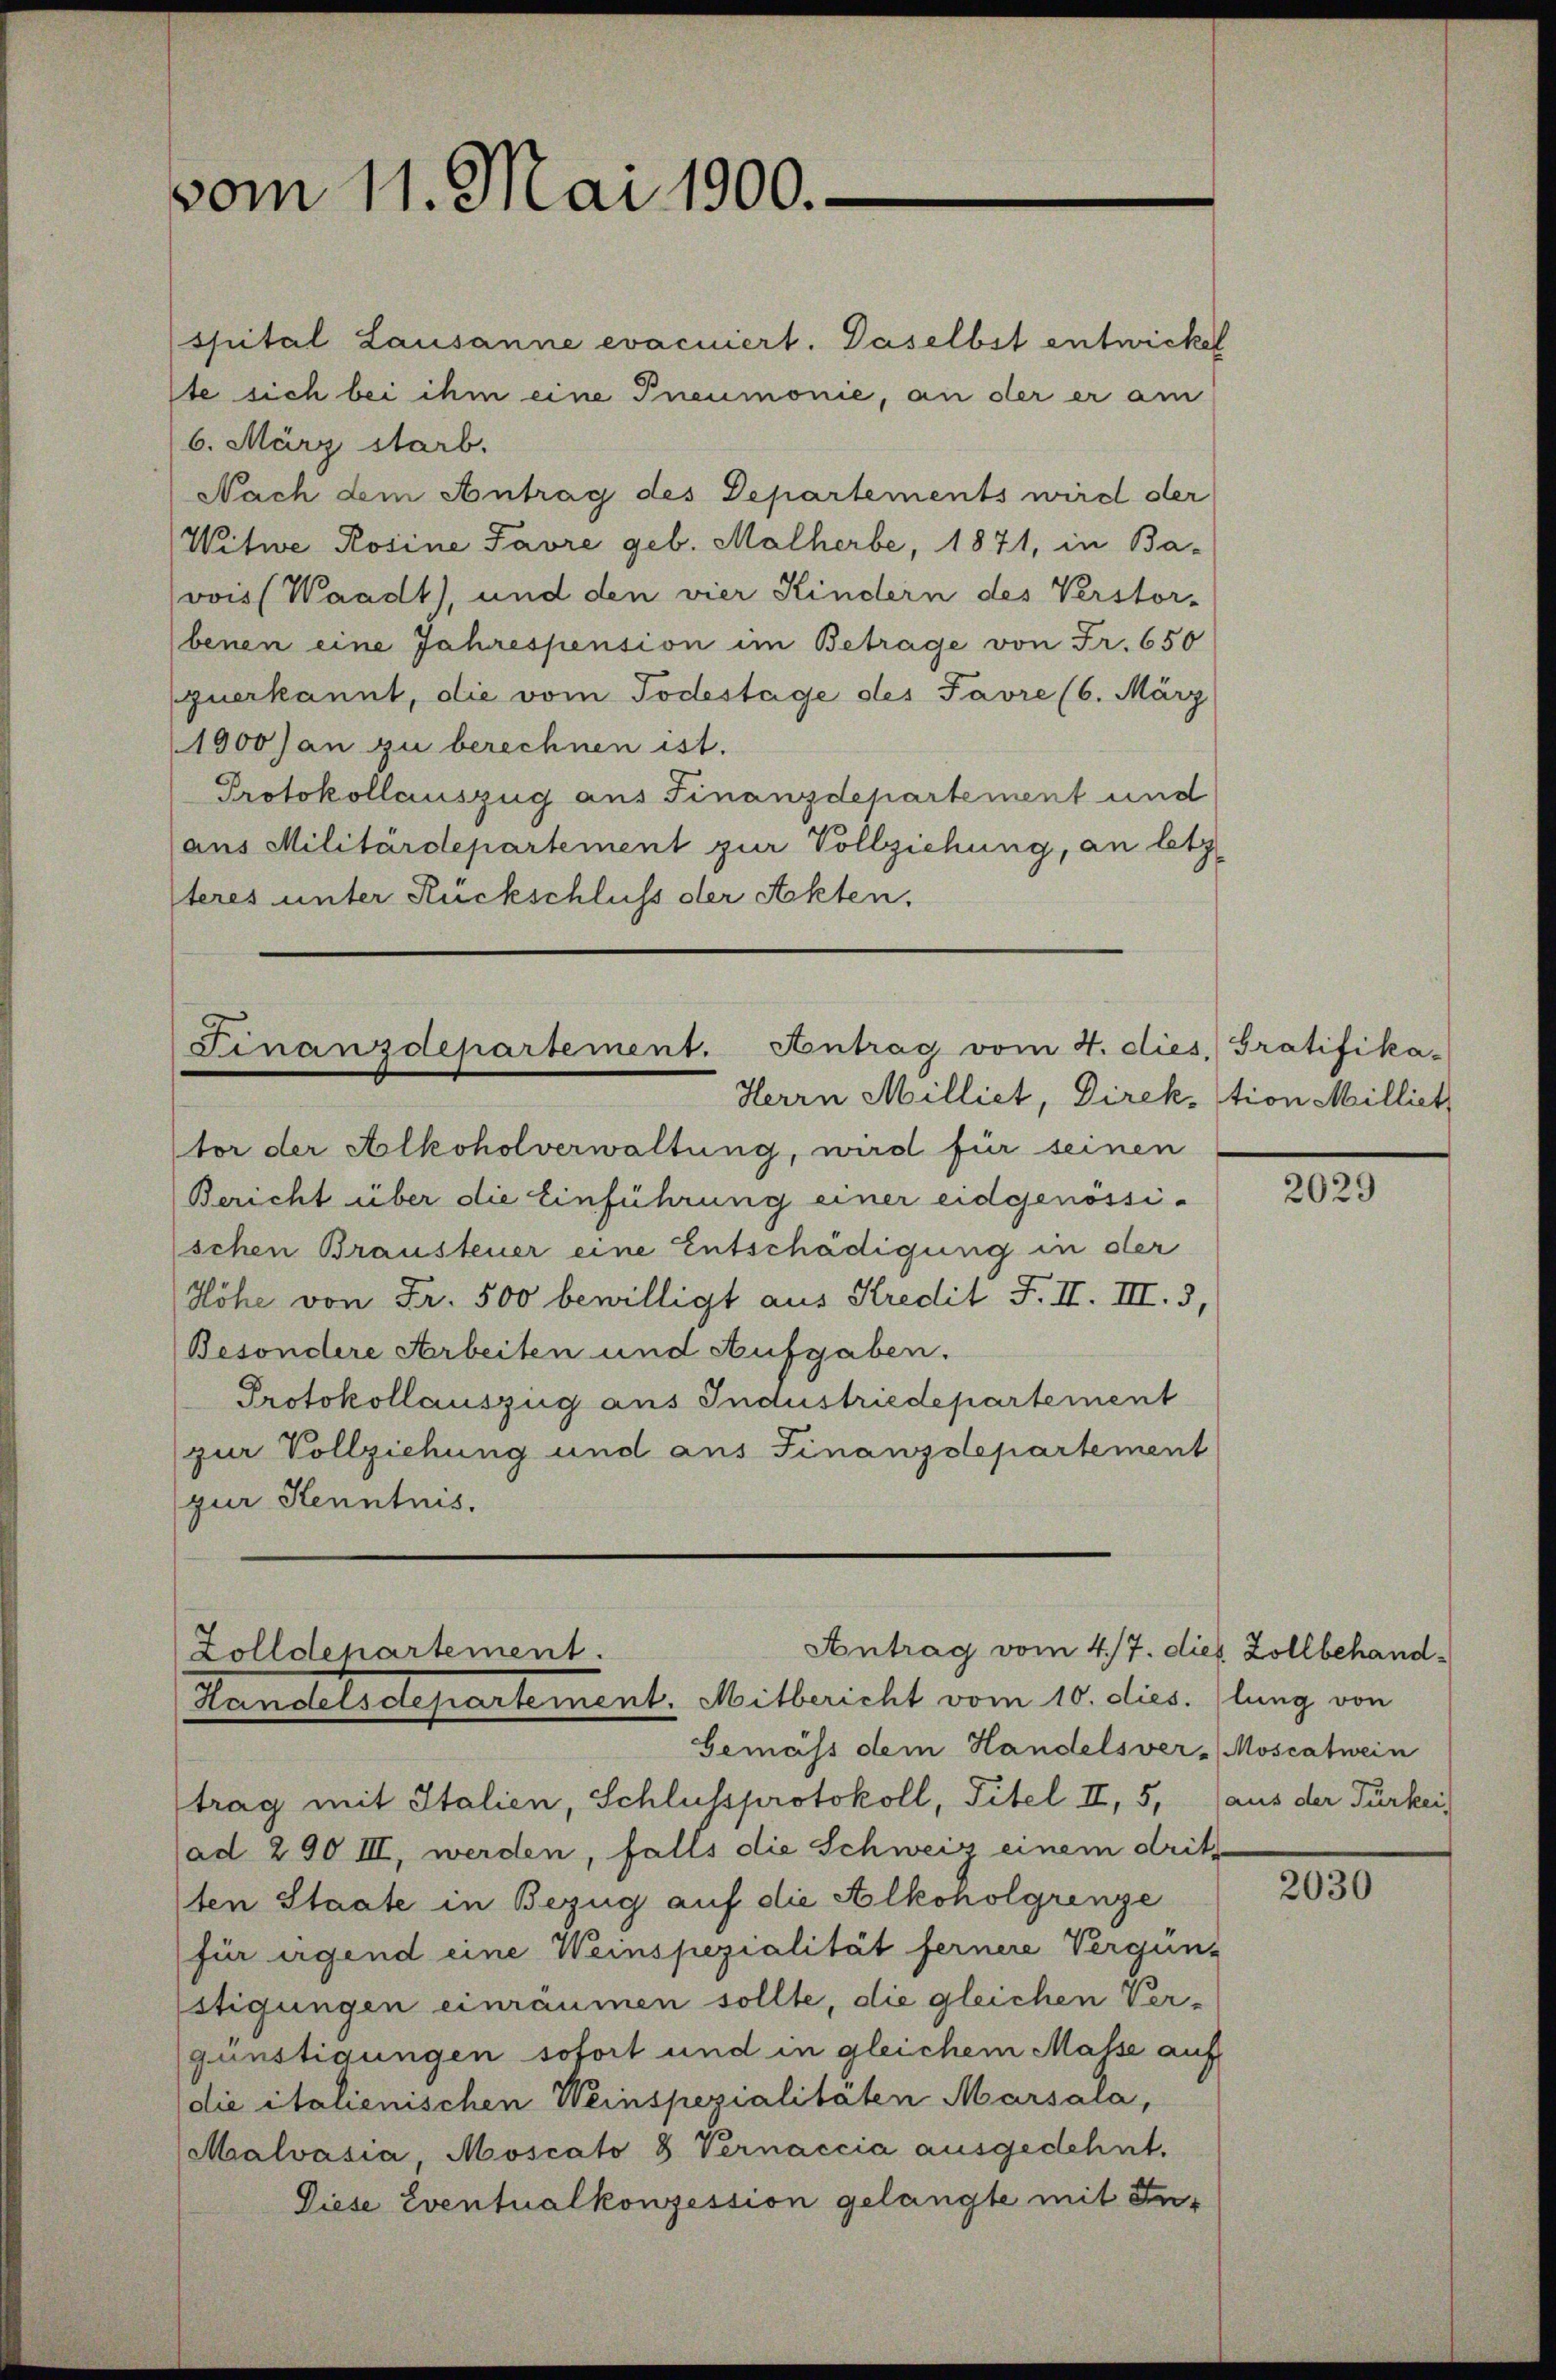
vom 11. Mai 1900.

Finanzdepartement. Antrag vom 4. dies. Gratifika-
Herrn Milliet, Direktion Milliet

spital Lausanne evacuiert. Daselbst entwickel
ste sich bei ihm eine Pneumonie, an der er am
6. März starb.
Nach dem Antrag des Departements wird der
Witwe Rosine Favre geb. Malherbe, 1871, in Ba-
jovois Waadt), und den vier Kindern des Verstor-
(benen eine Jahrespension im Betrage von Fr. 650
zuerkannt, die vom Todestage des Favre (6. März
1900 Jan zu berechnen ist.
Protokollauszug aus Finanzdepartement und
(aus Militärdepartement zur Vollziehung, an letz
teres unter Rückschluss der Akten,

Antrag vom 4/7. dies Zollbehand¬
Zolldepartement.
Handelsdepartement. Mitbericht vom 10. dies. (lung von

tor der Alkoholverwaltung, wird für seinen
Bericht über die Einführung einer eidgenössischen Brausteuer eine Entschädigung in der
Höhe von Fr. 500 bewilligt aus Kredit F. II. III. 3,
Besondere Arbeiten und Aufgaben.
Protokollauszug aus Industriedepartement
zur Vollziehung und aus Finanzdepartement
zur Kenntnis.

Gemäss dem Handelsver-Moscatwein
trag mit Italien, Schlussprotokoll, Titel II, 5, aus der Türkei
(ad 290 III, werden, falls die Schweiz einem drit
ten Staate in Bezug auf die Alkoholgrenze
für irgend eine Weinspezialität fernere Vergün-
stigungen einräumen sollte, die gleichen Vergünstigungen sofort und in gleichem Masse auf
die italienischen Weinspezialitäten Marsala,
Malvasia, Moscato 8 Vernaccia ausgedehnt.
Diese Eventualkonzession gelangte mit In¬

2029

2030